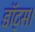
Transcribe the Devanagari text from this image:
डॉट्स।